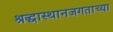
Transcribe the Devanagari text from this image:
श्रद्धास्थानजगताच्या